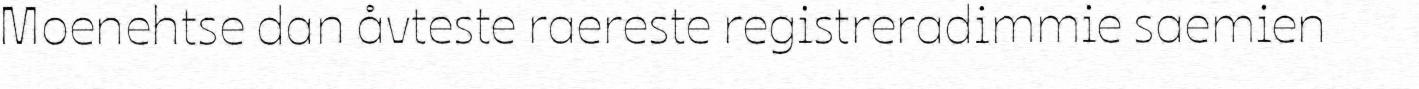
Moenehtse dan åvteste raereste registreradimmie saemien